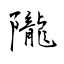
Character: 隴